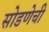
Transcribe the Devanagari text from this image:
सोडणेची